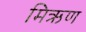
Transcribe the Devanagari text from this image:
मिऋण